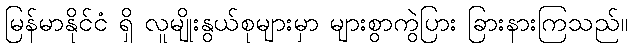
မြန်မာနိုင်ငံ ရှိ လူမျိုးနွယ်စုများမှာ များစွာကွဲပြား ခြားနားကြသည်။